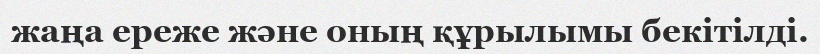
жаңа ереже және оның құрылымы бекітілді.